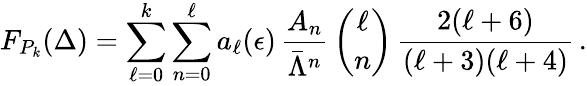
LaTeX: F_{P_{k}}(\Delta)=\sum_{\ell=0}^{k}\sum_{n=0}^{\ell}a_{\ell}(\epsilon)\, {\frac{A_{n}}{\bar{\Lambda}^{n}}}\, {\binom{\ell}{n}}\, {\frac{2(\ell+6)}{(\ell+3)(\ell+4)}}\, .